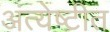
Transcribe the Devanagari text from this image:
अंत्येष्टीत